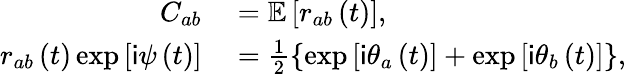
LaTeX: \begin{array}{rl}{C_{ab}}&{{}=\mathbb{E}\left[r_{ab}\left(t\right)\right],}\\ {r_{ab}\left(t\right)\exp\left[\mathsf{i}\psi\left(t\right)\right]}&{{}=\frac{1}{2}\left\{ \exp\left[\mathsf{i}\theta_{a}\left(t\right)\right]+\exp\left[\mathsf{i}\theta_{b}\left(t\right)\right]\right\} ,}\end{array}